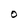
Character: O